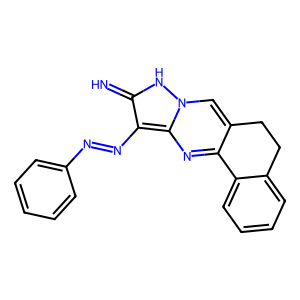
SMILES: N=c1[nH]n2cc3c(nc2c1N=Nc1ccccc1)-c1ccccc1CC3
Inhibits HIV replication: No